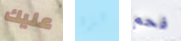
عليك هذه فحم